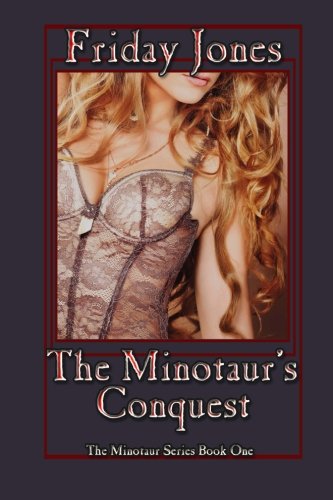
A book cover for The Minotaur's Conquest (The Minotaur Series) (Volume 1); Friday Jones; Romance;